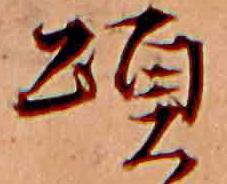
頌